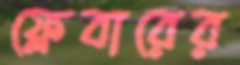
ফ্লেবারের